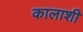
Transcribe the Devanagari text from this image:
कालाशी